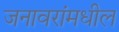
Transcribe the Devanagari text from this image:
जनावरांमधील